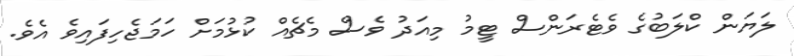
ލަޔަން ކްލަބުގެ ވެޓެރަންސް ޓީމު މިއަދު ވެސް މެޗެއް ކުޅުމަށް ހަމަޖެހިފައިވެ އެވެ.